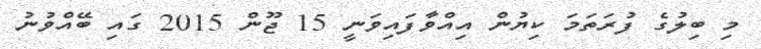
މި ބިލުގެ ފުރަތަމަ ކިޔުން އިއްވާފައިވަނީ 15 ޖޫން 2015 ގައި ބޭއްވުނު